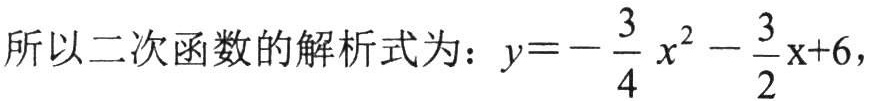
所以二次函数的解析式为：\(y = -\frac{3}{4}x^{2}-\frac{3}{2}x + 6\)